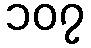
၁၀၇